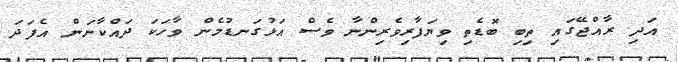
އަދި ރާއްޖޭގައި ތިބި ބޮޑެތި ވިޔަފާރިވެރިންނާ ވެސް އަޅުގަނޑުމެން ވާހަކަ ދައްކާނަން އެފަދަ